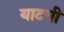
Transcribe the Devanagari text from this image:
याटची